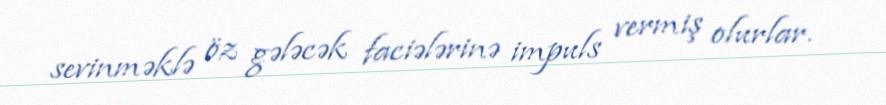
sevinməklə öz gələcək faciələrinə impuls vermiş olurlar.